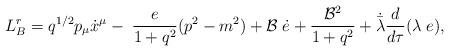
LaTeX: \begin{align*}L_{B}^{r}= q^{1/2} p_{\mu} \dot x^{\mu} - \; \frac{e}{1+ q^2} (p^2-m^2)+ {\cal B}\;\dot e +\frac{{\cal B}^2}{1+q^2} + \dot {\bar \lambda}\frac{d}{d\tau} (\lambda\;e),\end{align*}